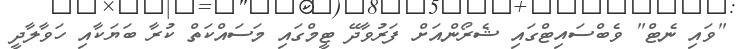
"ވައި ނެޓް" ވެބްސައިޓްގައި ޝެރޯންއަށް ފަރުވާދޭ ޓީމްގައި މަސައްކަތް ކުރާ ބަޔަކާއި ހަވާލާދީ